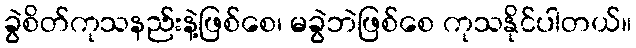
ခွဲစိတ်ကုသနည်းနဲ့ဖြစ်စေ၊ မခွဲဘဲဖြစ်စေ ကုသနိုင်ပါတယ်။